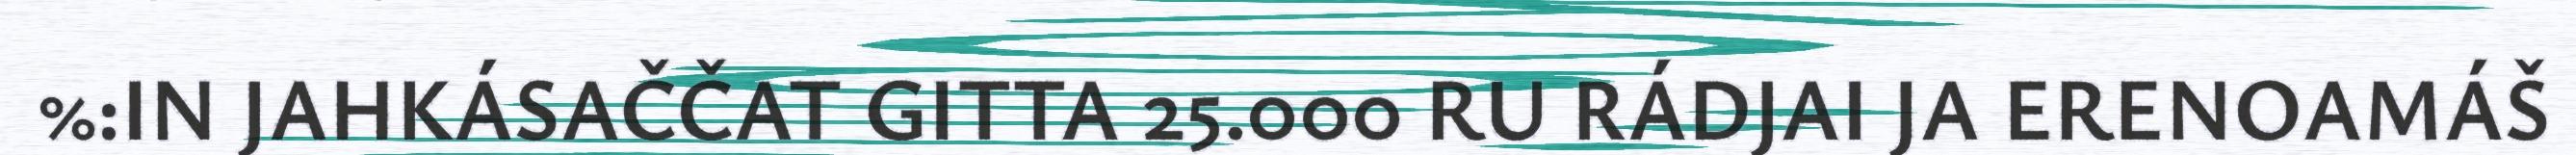
%:IN JAHKÁSAČČAT GITTA 25.000 RU RÁDJAI JA ERENOAMÁŠ